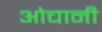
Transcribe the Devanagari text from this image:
ओचानी